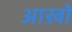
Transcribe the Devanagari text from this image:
आख़ों